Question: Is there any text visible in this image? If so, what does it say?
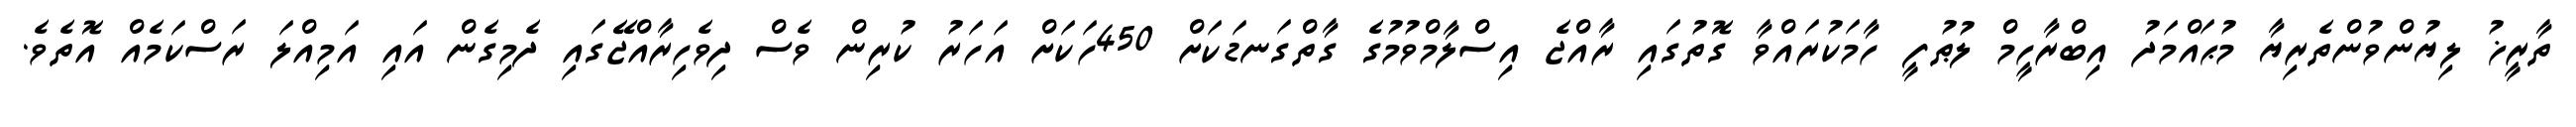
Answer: ތާރީޚު ލިޔުންވުންތެރިޔާ މުޙައްމަދު އިބްރާހީމް ލުޠުފީ ހާމަކުރައްވާ ގޮތުގައި ރާއްޖެ އިސްލާމްވުމުގެ ގާތްގަނޑަކަށް 450ހަކަށް އަހަރު ކުރިން ވެސް ދިވެހިރާއްޖޭގައި ދެމިގެން އައި އަމިއްލަ ރަސްކަމެއް އޮތެވެ.